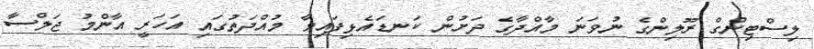
ލިސްޓިންގް ރޫލިންގެ ނުވަނަ މާއްދާގެ ދަށުން ކަނޑައެޅިފައިވާ މުއްދަތުގައި އަހަރީ އާންމު ޖަލްސާ